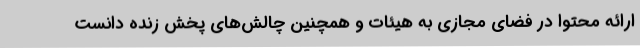
ارائه محتوا در فضای مجازی به هیئات و همچنین چالش‌های پخش زنده دانست